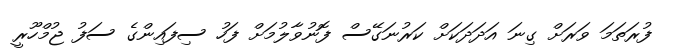
ފުރަތަމަ ވަރަށް ގިނަ އަދަދަކަށް ކަރުނަގޭސް ފޮނުވާލުމަށް ފަހު ސިފައިންގެ ސަފު ޖުމްހޫރީ